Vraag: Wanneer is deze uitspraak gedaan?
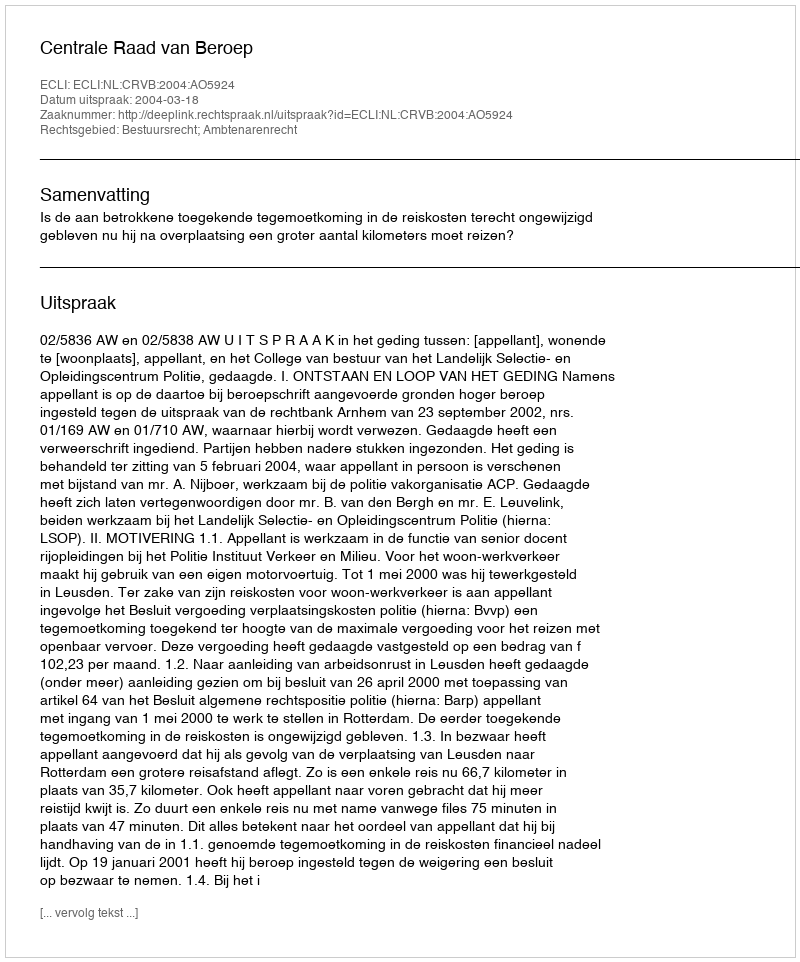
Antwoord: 2004-03-18